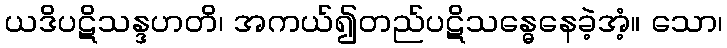
ယဒိပဋိသန္ဒဟတိ၊ အကယ်၍တည်ပဋိသန္ဓေနေခဲ့အံ့။ သော၊